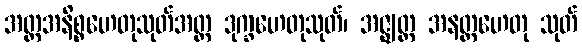
အတ္တအနိစ္စဟေတုသုတ်အတ္တ ဒုက္ခဟေတုသုတ်၊ အဇ္ဈတ္တ အနတ္ထဟေတု သုတ်